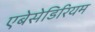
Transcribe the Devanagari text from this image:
एबेसेडिरियम